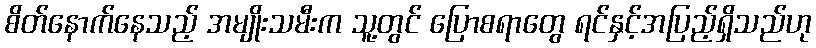
စိတ်နောက်နေသည့် အမျိုးသမီးက သူ့တွင် ပြောစရာတွေ ရင်နှင့်အပြည့်ရှိသည်ဟု